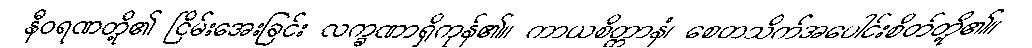
နီဝရဏတို့၏ ငြိမ်းအေးခြင်း လက္ခဏာရှိကုန်၏။ ကာယစိတ္တာနံ၊ စေတသိက်အပေါင်းစိတ်တို့၏။